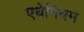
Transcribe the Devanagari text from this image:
एथेनियम